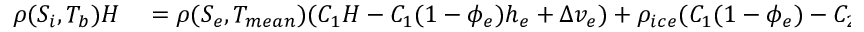
\begin{array} { r l } { \rho ( S _ { i } , T _ { b } ) H } & { { } = \rho ( S _ { e } , T _ { m e a n } ) ( C _ { 1 } H - C _ { 1 } ( 1 - \phi _ { e } ) h _ { e } + \Delta v _ { e } ) + \rho _ { i c e } ( C _ { 1 } ( 1 - \phi _ { e } ) - C _ { 2 } ) h _ { e } . } \end{array}